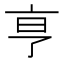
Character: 𬽉